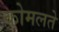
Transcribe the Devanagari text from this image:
कोमलते